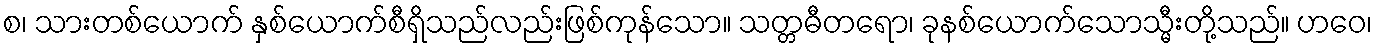
စ၊ သားတစ်ယောက် နှစ်ယောက်စီရှိသည်လည်းဖြစ်ကုန်သော။ သတ္တဓီတရော၊ ခုနစ်ယောက်သောသ္မီးတို့သည်။ ဟဝေ၊